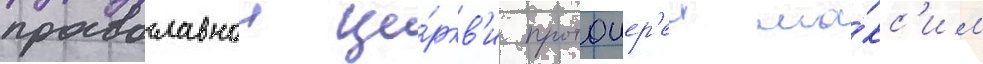
православнои це́ркв'и протоиер'еи ма́кс'им